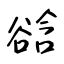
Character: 谽